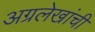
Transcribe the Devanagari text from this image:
अग्रलेखांची